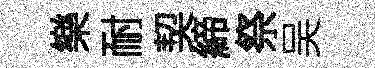
樂耐契締祭吴